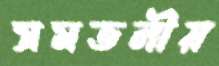
সমতলীয়